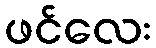
ဖင်လေး